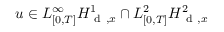
u \in L _ { [ 0 , T ] } ^ { \infty } H _ { \mathrm { ~ d ~ } , x } ^ { 1 } \cap L _ { [ 0 , T ] } ^ { 2 } H _ { \mathrm { ~ d ~ } , x } ^ { 2 }